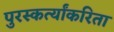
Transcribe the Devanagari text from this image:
पुरस्कर्त्यांकरिता